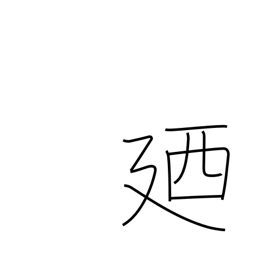
Meaning: in other words